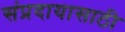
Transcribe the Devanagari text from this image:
संप्रदायासाठी